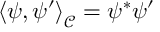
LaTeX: \left\langle \psi , \psi ^ { \prime } \right\rangle _ { \mathcal { C } } = \psi ^ { * } \psi ^ { \prime }